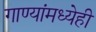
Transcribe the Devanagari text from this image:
गाण्यांमध्येही